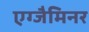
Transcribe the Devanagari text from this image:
एग्जैमिनर